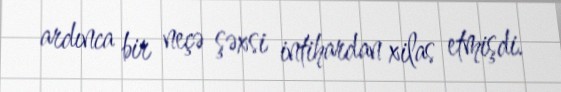
ardınca bir neçə şəxsi intihardan xilas etmişdi.